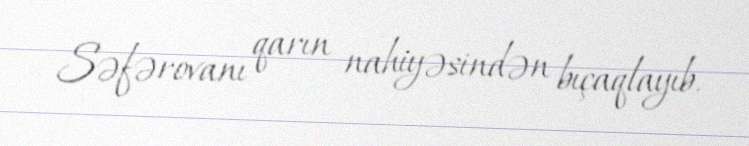
Səfərovanı qarın nahiyəsindən bıçaqlayıb.